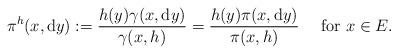
LaTeX: \begin{align*}\pi^{h}(x,{\rm d}y):=\frac{h(y)\gamma(x,{\rm d}y)}{\gamma(x,h)}=\frac{h(y)\pi(x,{\rm d}y)}{\pi(x,h)}\quad\mbox{ for }x\in E.\end{align*}